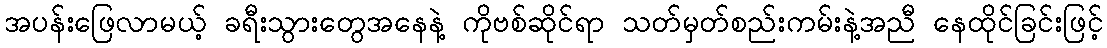
အပန်းဖြေလာမယ့် ခရီးသွားတွေအနေနဲ့ ကိုဗစ်ဆိုင်ရာ သတ်မှတ်စည်းကမ်းနဲ့အညီ နေထိုင်ခြင်းဖြင့်